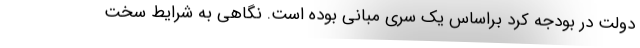
دولت در بودجه کرد براساس یک سری مبانی بوده است. نگاهی به شرایط سخت